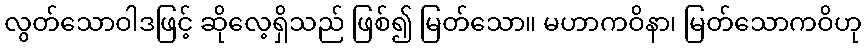
လွတ်သောဝါဒဖြင့် ဆိုလေ့ရှိသည် ဖြစ်၍ မြတ်သော။ မဟာကဝိနာ၊ မြတ်သောကဝိဟု